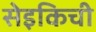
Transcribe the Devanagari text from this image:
सेइकिची